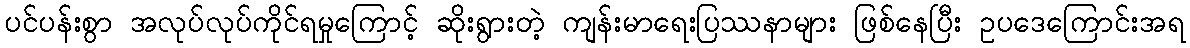
ပင်ပန်းစွာ အလုပ်လုပ်ကိုင်ရမှုကြောင့် ဆိုးရွားတဲ့ ကျန်းမာရေးပြဿနာများ ဖြစ်နေပြီး ဥပဒေကြောင်းအရ